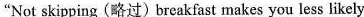
"Not skipping (略过)breakfast makes you less likely